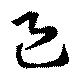
邑